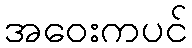
အဝေးကပင်